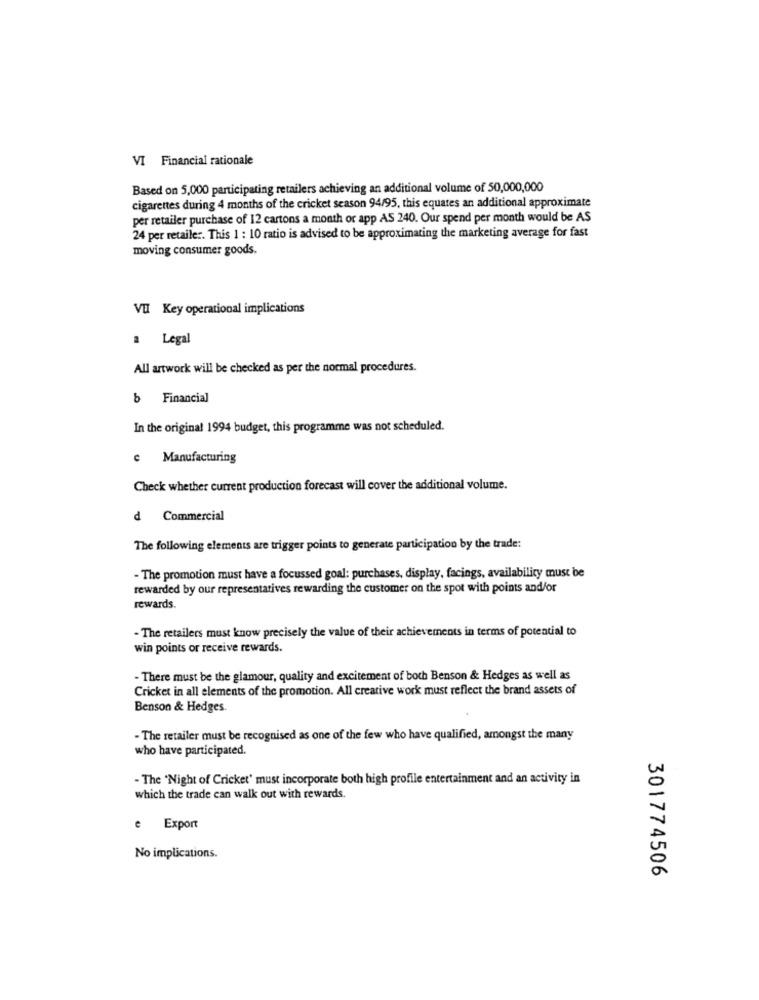
VI Financial rationale
Based on 5,000 participating retailers achieving an additional volume of 50,000,000
cigarettes during 4 months of the cricket season 94/95, this equates an additional approximate
per retailer purchase of 12 cartons a month or app AS 240. Our spend per month would be AS
24 per retailer. This 1 : 10 ratio is advised to be approximating the marketing average for fast
moving consumer goods.
VI Key operational implications
a Legal
All artwork will be checked as per the normal procedures.
b Financial
In the original 1994 budget, this programme was not scheduled.
e Manufacturing
Check whether current production forecast will cover the additional volume.
d Commercial
The following elements are trigger points to generate participation by the trade:
- The promotion must have a focussed goal: purchases, display, facings, availability must be
rewarded by our representatives rewarding the customer on the spot with points and/or
rewards.
- The retailers must know precisely the value of their achievements in terms of potential to
win points or receive rewards.
- There must be the glamour, quality and excitement of both Benson & Hedges as well as
Cricket in all elements of the promotion. All creative work must reflect the brand assets of
Benson & Hedges.
- The retailer must be recognised as one of the few who have qualified, amongst the many
who have participated.
- The "Night of Cricket' must incorporate both high profile entertainment and an activity in
which the trade can walk out with rewards.
e Export
No implications.
301774506